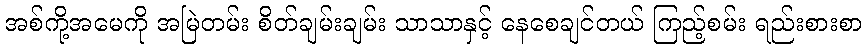
အစ်ကို့အမေကို အမြဲတမ်း စိတ်ချမ်းချမ်း သာသာနှင့် နေစေချင်တယ် ကြည့်စမ်း ရည်းစားစာ